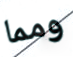
ومما